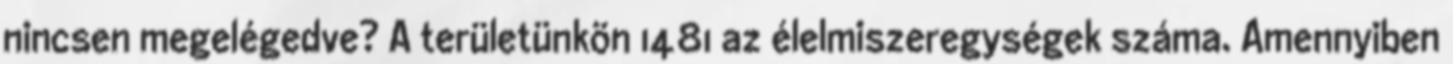
nincsen megelégedve? A területünkön 1481 az élelmiszeregységek száma. Amennyiben